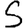
Digit: 5